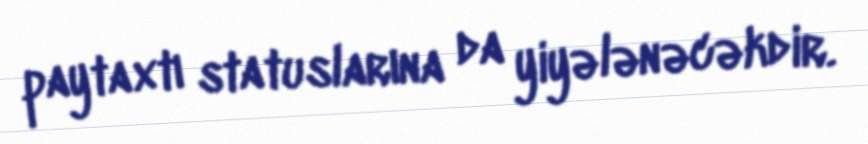
paytaxtı statuslarına da yiyələnəcəkdir.